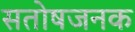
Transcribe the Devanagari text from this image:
सतोषजनक